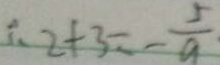
\therefore 2 + 3 = - \frac { 5 } { a }